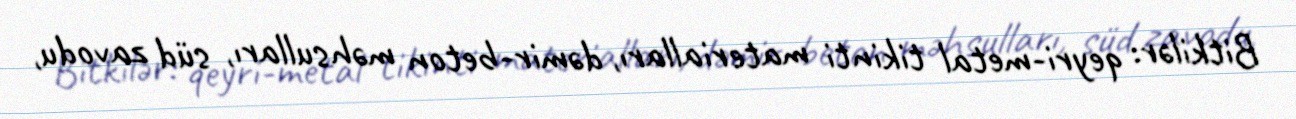
Bitkilər: qeyri-metal tikinti materialları, dəmir-beton məhsulları, süd zavodu,